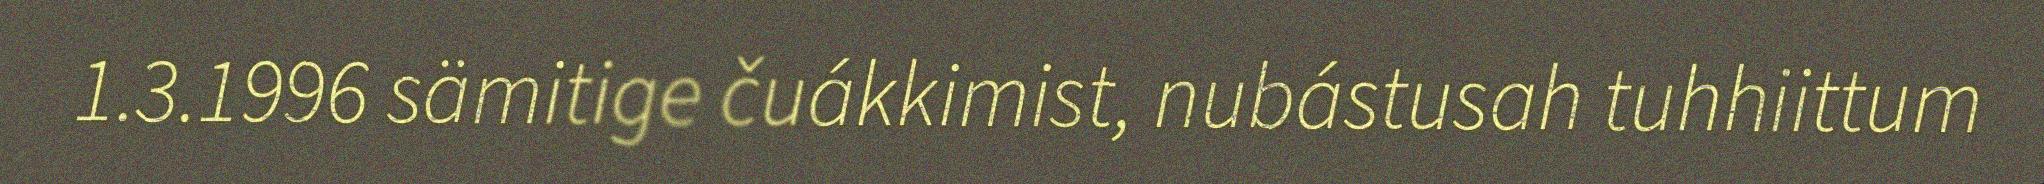
1.3.1996 sämitige čuákkimist, nubástusah tuhhiittum